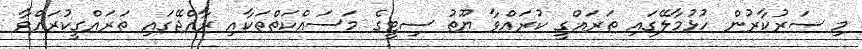
މި ސަރުކާރުން ހުޅުމާލޭގައި ތަރައްގީ ކުރައްވާ ޔޫތު ސިޓީގެ މަސައްކަތްތަކާއި ރާއްޖޭގައި ތަރައްގީކުރައްވާ